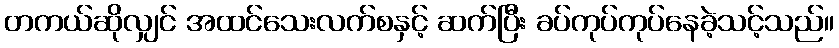
တကယ်ဆိုလျှင် အထင်သေးလက်စနှင့် ဆက်ပြီး ခပ်ကုပ်ကုပ်နေခဲ့သင့်သည်။